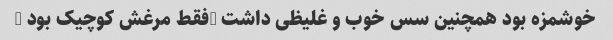
خوشمزه بود همچنین سس خوب و غلیظی داشت …فقط مرغش کوچیک بود …